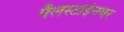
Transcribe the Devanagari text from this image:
पॅलेस्टाईनवर